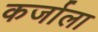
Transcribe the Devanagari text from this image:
कर्जाला